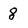
Character: 8